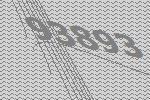
93893